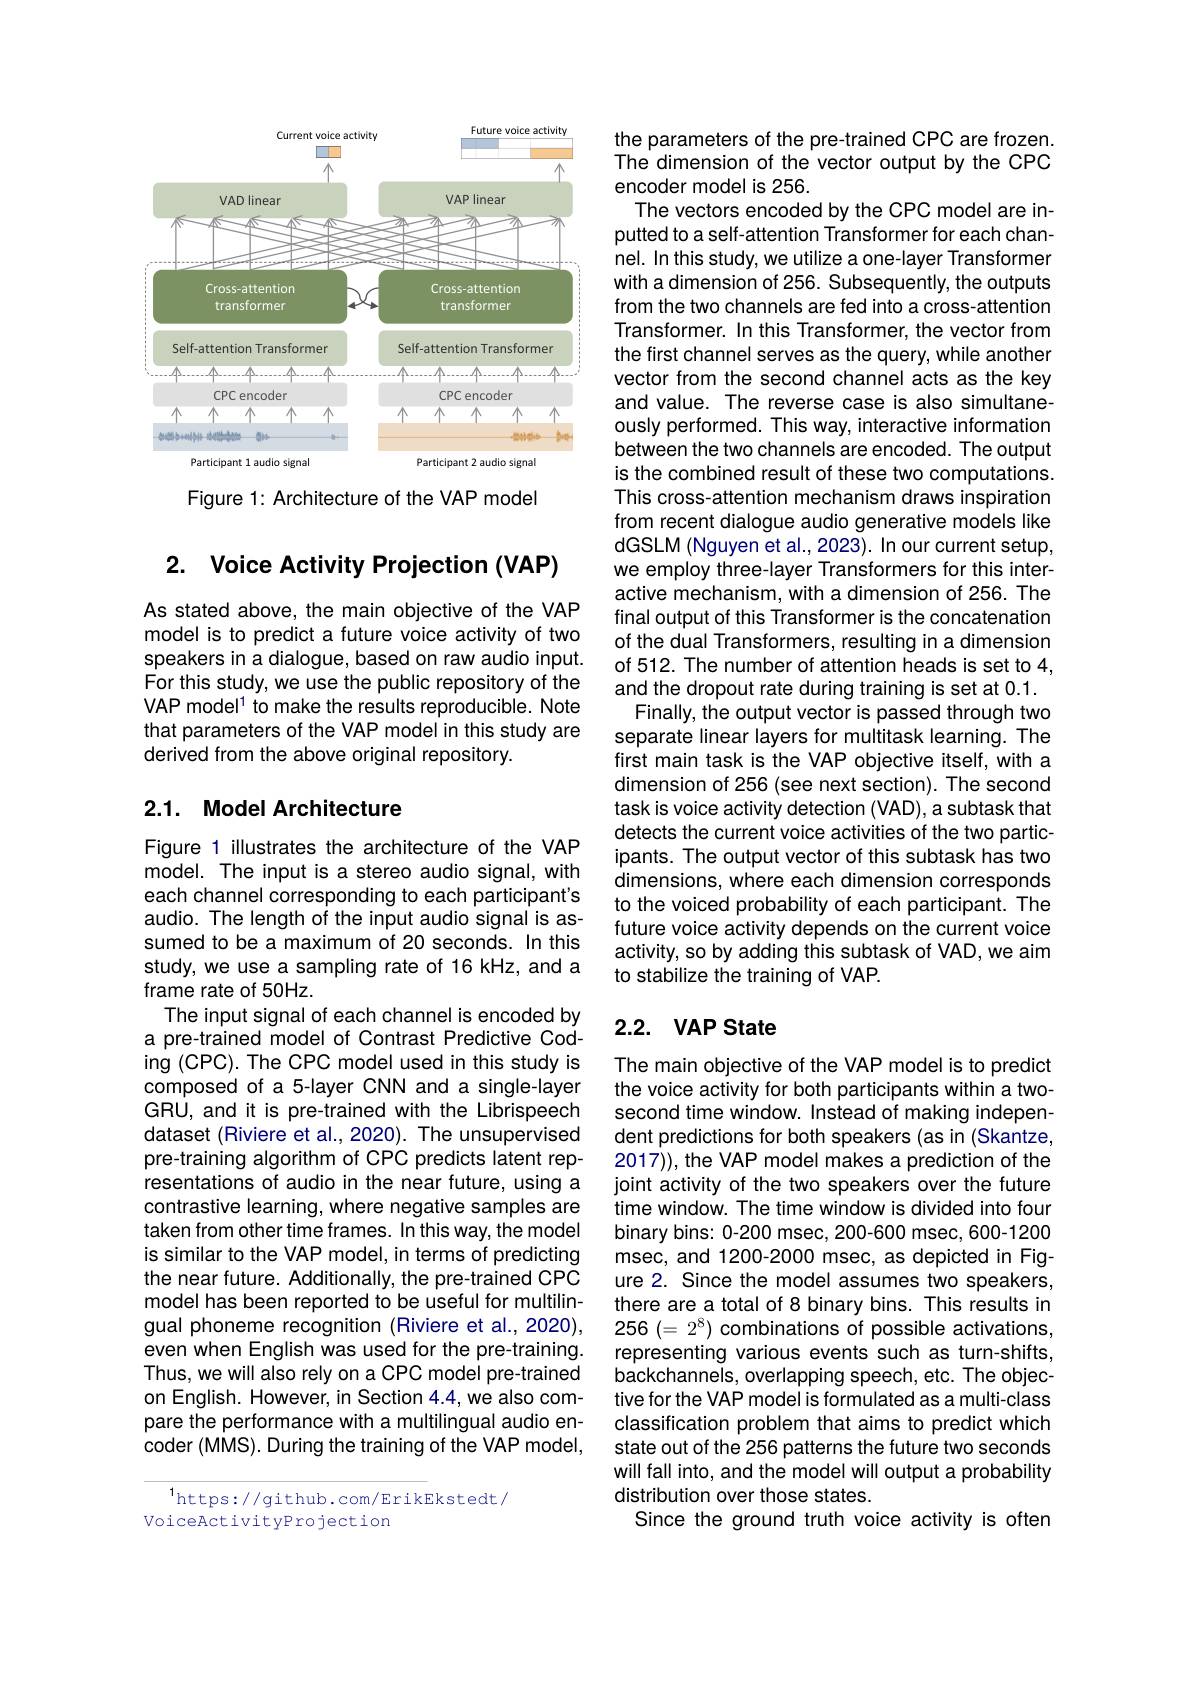
<FigureHere>

Figure 1: Architecture of the VAP model

# 2. Voice Activity Projection (VAP)

As stated above, the main objective of the VAP model is to predict a future voice activity of two speakers in a dialogue, based on raw audio input. For this study, we use the public repository of the VAP model$^1$ to make the results reproducible. Note that parameters of the VAP model in this study are derived from the above original repository.

## 2.1. Model Architecture

Figure 1 illustrates the architecture of the VAP model. The input is a stereo audio signal, with each channel corresponding to each participant's audio. The length of the input audio signal is assumed to be a maximum of 20 seconds. In this study, we use a sampling rate of 16 kHz, and a frame rate of 50Hz.
The input signal of each channel is encoded by a pre-trained model of Contrast Predictive Coding (CPC). The CPC model used in this study is composed of a 5-layer CNN and a single-layer GRU, and it is pre-trained with the Librispeech dataset (Riviere et al., 2020). The unsupervised pre-training algorithm of CPC predicts latent representations of audio in the near future, using a contrastive learning, where negative samples are taken from other time frames. In this way, the model is similar to the VAP model, in terms of predicting the near future. Additionally, the pre-trained CPC model has been reported to be useful for multilingual phoneme recognition (Riviere et al., 2020), even when English was used for the pre-training. Thus, we will also rely on a CPC model pre-trained on English. However, in Section 4.4, we also compare the performance with a multilingual audio encoder (MMS). During the training of the VAP model,

$^{1}$https://github.com/ErikEkstedt/
VoiceActivityProjection

the parameters of the pre-trained CPC are frozen. The dimension of the vector output by the CPC encoder model is 256.
The vectors encoded by the CPC model are inputted to a self-attention Transformer for each channel. In this study, we utilize a one-layer Transformer with a dimension of 256. Subsequently, the outputs from the two channels are fed into a cross-attention Transformer. In this Transformer, the vector from the first channel serves as the query, while another vector from the second channel acts as the key and value. The reverse case is also simultaneously performed. This way, interactive information between the two channels are encoded. The output is the combined result of these two computations. This cross-attention mechanism draws inspiration from recent dialogue audio generative models like dGSLM (Nguyen et al., 2023). In our current setup, we employ three-layer Transformers for this interactive mechanism, with a dimension of 256. The final output of this Transformer is the concatenation of the dual Transformers, resulting in a dimension of 512. The number of attention heads is set to 4, and the dropout rate during training is set at 0.1. Finally, the output vector is passed through two
separate linear layers for multitask learning. The first main task is the VAP objective itself, with a dimension of 256 (see next section). The second task is voice activity detection (VAD), a subtask that detects the current voice activities of the two participants. The output vector of this subtask has two dimensions, where each dimension corresponds to the voiced probability of each participant. The future voice activity depends on the current voice activity, so by adding this subtask of VAD, we aim to stabilize the training of VAP.

## 2.2. VAP State

The main objective of the VAP model is to predict the voice activity for both participants within a twosecond time window. Instead of making independent predictions for both speakers (as in (Skantze, 2017)), the VAP model makes a prediction of the joint activity of the two speakers over the future time window. The time window is divided into four binary bins: 0-200 msec, 200-600 msec, 600-1200 msec, and 1200-2000 msec, as depicted in Figure 2. Since the model assumes two speakers, there are a total of 8 binary bins. This results in $256(=2^8)$ combinations of possible activations, representing various events such as turn-shifts, backchannels, overlapping speech, etc. The objective for the VAP model is formulated as a multi-class classification problem that aims to predict which state out of the 256 patterns the future two seconds will fall into, and the model will output a probability distribution over those states.
Since the ground truth voice activity is often